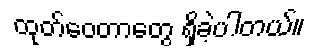
ထုတ်ဝေတာတွေ ရှိခဲ့ပါတယ်။